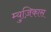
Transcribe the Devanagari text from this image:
म्युज़िकास